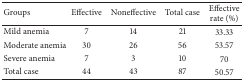
<table><thead><tr><td><b>Groups</b></td><td><b>Effective</b></td><td><b>Noneffective</b></td><td><b>Total case</b></td><td><b>Effective rate (%)</b></td></tr></thead><tbody><tr><td>Mild anemia</td><td>7</td><td>14</td><td>21</td><td>33.33</td></tr><tr><td>Moderate anemia</td><td>30</td><td>26</td><td>56</td><td>53.57</td></tr><tr><td>Severe anemia</td><td>7</td><td>3</td><td>10</td><td>70</td></tr><tr><td>Total case</td><td>44</td><td>43</td><td>87</td><td>50.57</td></tr></tbody></table>